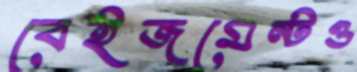
বেইজমেন্টও